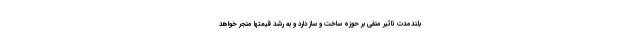
بلندمدت تاثیر منفی بر حوزه ساخت و ساز دارد و به رشد قیمتها منجر خواهد